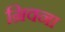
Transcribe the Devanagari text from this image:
ग्रिवना